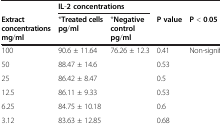
<table><thead><tr><td><b> </b></td><td colspan="2"><b>IL-2 concentrations</b></td><td><b> </b></td><td><b> </b></td></tr><tr><td><b>Extract concentrations mg/ml</b></td><td><b>*Treated cells pg/ml</b></td><td><b>*Negative control pg/ml</b></td><td><b>P value</b></td><td><b>P &lt;0.05</b></td></tr></thead><tbody><tr><td>100</td><td>90.6 ± 11.64</td><td rowspan="5">76.26 ± 12.3</td><td>0.41</td><td rowspan="5">Non-significant</td></tr><tr><td>50</td><td>88.47 ± 14.6</td><td>0.53</td></tr><tr><td>25</td><td>86.42 ± 8.47</td><td>0.5</td></tr><tr><td>12.5</td><td>86.11 ± 9.33</td><td>0.53</td></tr><tr><td>6.25</td><td>84.75 ± 10.18</td><td>0.6</td></tr><tr><td>3.12</td><td>83.63 ± 12.85</td><td> </td><td>0.68</td><td> </td></tr></tbody></table>